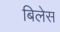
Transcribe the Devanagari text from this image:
बिलेस